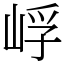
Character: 㟊